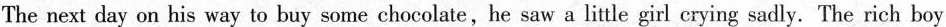
The next day on his way to buy some chocolate,he saw a little girl crying sadly. The rich boy